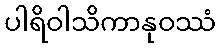
ပါရိဝါသိကာနုဝဿံ